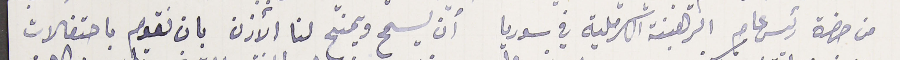
من حضرة رئيس عام الرهبنة الكرملية في سوريا أن يسمح ويمنح لنا الأذن بان نقوم باحتفالات